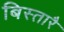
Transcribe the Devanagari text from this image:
बिस्तारै